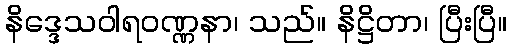
နိဒ္ဒေသဝါရဝဏ္ဏနာ၊ သည်။ နိဋ္ဌိတာ၊ ပြီးပြီ။